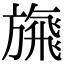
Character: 𩙴